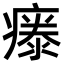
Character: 𤹤